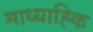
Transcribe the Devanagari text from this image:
माध्याह्कि